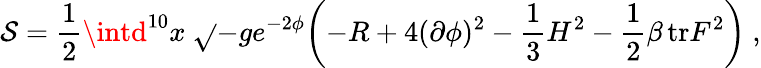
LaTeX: \mathcal{S}={\frac{{1}}{{2}}}\intd^{10}x\ \sqrt{}{{-g}}e^{-2\phi}\biggl(-R+4(\partial\phi)^{2}-{\frac{{1}}{{3}}}H^{2}-{\frac{{1}}{{2}}}\beta\, \mathrm{{tr}}F^{2}\biggr)\ ,